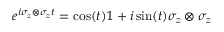
e ^ { i \sigma _ { z } \otimes \sigma _ { z } t } = \cos ( t ) \mathbb { 1 } + i \sin ( t ) \sigma _ { z } \otimes \sigma _ { z }